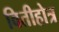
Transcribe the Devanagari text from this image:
वितीहोत्र